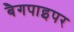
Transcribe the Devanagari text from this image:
बैगपाइपर